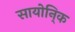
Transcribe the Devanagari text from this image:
सायोनि्क